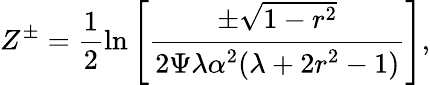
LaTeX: Z^{\pm}=\frac{1}{2}\ln\left[\cfrac{\pm\sqrt{1-r^{2}}}{2\Psi\lambda\alpha^{2}(\lambda+2r^{2}-1)}\right],